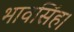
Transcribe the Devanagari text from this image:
भावसिंह।